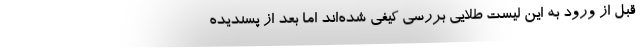
قبل از ورود به این لیست طلایی بررسی کیفی شده‌اند اما بعد از پسندیده